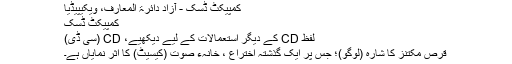
کمپیکٹ ڈسک - آزاد دائرۃ المعارف، ویکیپیڈیا
کمپیکٹ ڈسک
لفظ CD کے دیگر استعمالات کے لیے دیکھیے، CD (سی ڈی)
قرص مکتنز کا شارہ (لوگو)؛ جس پر ایک گذشتہ اختراع ، خانہء صوت (کیسیٹ) کا اثر نمایاں ہے۔